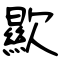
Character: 歞